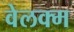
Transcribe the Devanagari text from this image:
वेलक्म